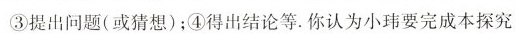
③提出问题(或猜想)；④得出结论等。你认为小玮要完成本探究